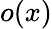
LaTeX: o(x)